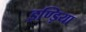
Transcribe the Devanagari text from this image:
इण्ड़िया